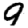
Digit: 9